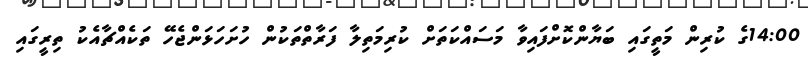
14:00ގެ ކުރިން މަތީގައި ބަޔާންކޮށްފައިވާ މަސައްކަތަށް ކުރިމަތިލާ ފަރާތްތަކުން ހުށަހަޅަންޖެހޭ ތަކެއްޗާއެކު ތިރީގައި